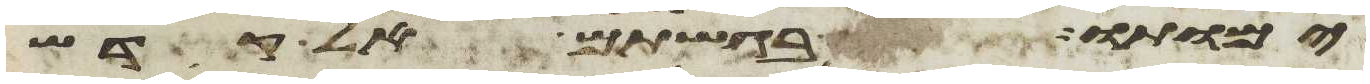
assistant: ימותו בגשתם אל קדש